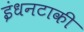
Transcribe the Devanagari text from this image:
इंधनटाकी